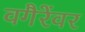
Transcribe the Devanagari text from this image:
वगैरेंवर